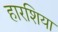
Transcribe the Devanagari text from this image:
हारशिया